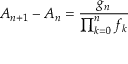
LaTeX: A _ { n + 1 } - A _ { n } = { \frac { g _ { n } } { \prod _ { k = 0 } ^ { n } f _ { k } } }